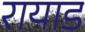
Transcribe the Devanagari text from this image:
रायाड